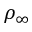
\rho _ { \infty }